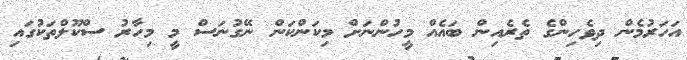
އަހަރުމެން ދިވެހިންގެ ތެރެއިން ބައެއް މީހުންނަށް މިކަންކަން ނޭގުނަސް މީ މިހާރު ސްކޫލްތަކުގައި